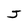
Character: J